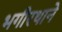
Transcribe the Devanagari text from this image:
भगीरथाने